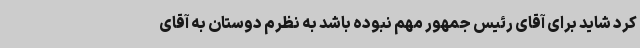
کرد شاید برای آقای رئیس جمهور مهم نبوده باشد به نظرم دوستان به آقای